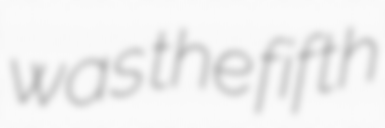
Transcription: was the fifth